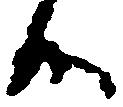
候